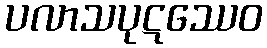
ပလာသပုဋဿေဝ